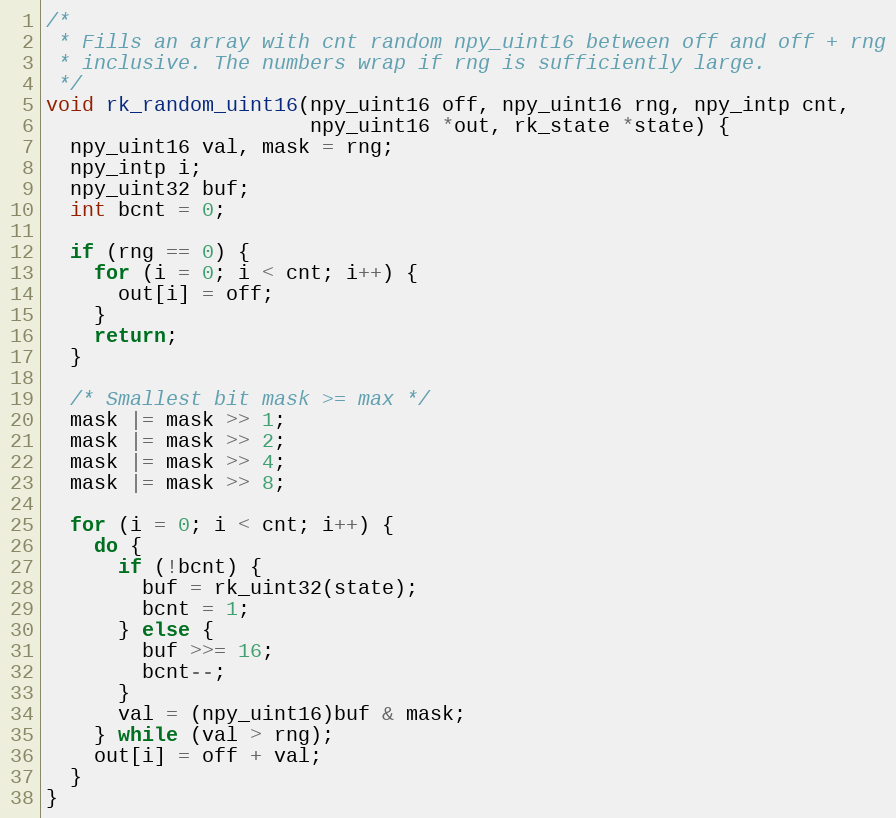
Language: C
/*
 * Fills an array with cnt random npy_uint16 between off and off + rng
 * inclusive. The numbers wrap if rng is sufficiently large.
 */
void rk_random_uint16(npy_uint16 off, npy_uint16 rng, npy_intp cnt,
                      npy_uint16 *out, rk_state *state) {
  npy_uint16 val, mask = rng;
  npy_intp i;
  npy_uint32 buf;
  int bcnt = 0;

  if (rng == 0) {
    for (i = 0; i < cnt; i++) {
      out[i] = off;
    }
    return;
  }

  /* Smallest bit mask >= max */
  mask |= mask >> 1;
  mask |= mask >> 2;
  mask |= mask >> 4;
  mask |= mask >> 8;

  for (i = 0; i < cnt; i++) {
    do {
      if (!bcnt) {
        buf = rk_uint32(state);
        bcnt = 1;
      } else {
        buf >>= 16;
        bcnt--;
      }
      val = (npy_uint16)buf & mask;
    } while (val > rng);
    out[i] = off + val;
  }
}